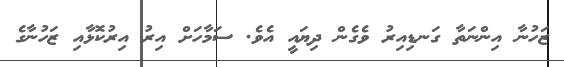
ޒަހުނާ އިންނަތާ ގަނޑިއިރު ވެގެން ދިޔައީ އެވެ. ސަމާހަށް އިރު އިރުކޮޅާއި ޒަހުނާގެ